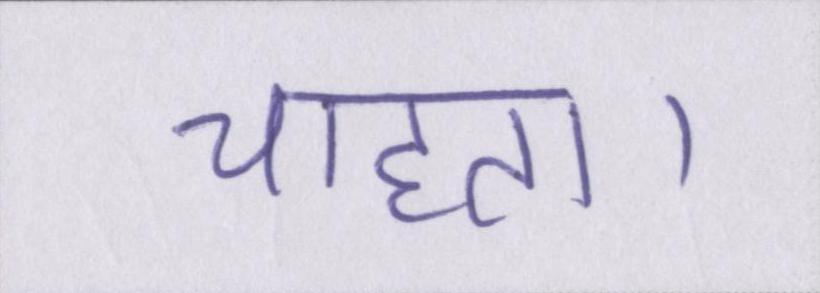
चाहता।